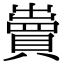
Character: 𧷓